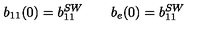
b _ { 1 1 } ( 0 ) = b _ { 1 1 } ^ { S W } \qquad b _ { e } ( 0 ) = b _ { 1 1 } ^ { S W }